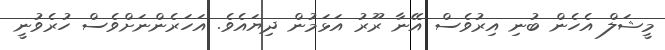
މީޝަލް އެހެން ބުނި އިރުވެސް އޭނާ ރޫރު އަޅަމުން ދިޔައެވެެ. އަަހަރެންނަށްވެސް ހުރެވުނީ